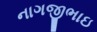
નાગજીભાઇ